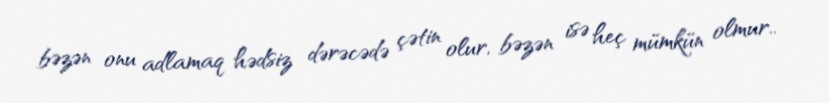
bəzən onu adlamaq hədsiz dərəcədə çətin olur, bəzən isə heç mümkün olmur..